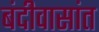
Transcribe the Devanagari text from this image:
बंदीवासांत